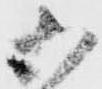
御